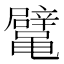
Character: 𱌉